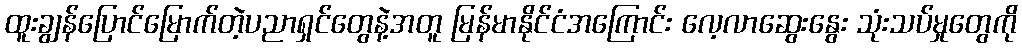
ထူးချွန်ပြောင်မြောက်တဲ့ပညာရှင်တွေနဲ့အတူ မြန်မာနိုင်ငံအကြောင်း လေ့လာဆွေးနွေး သုံးသပ်မှုတွေကို